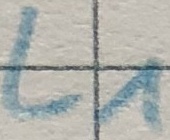
Text: L1